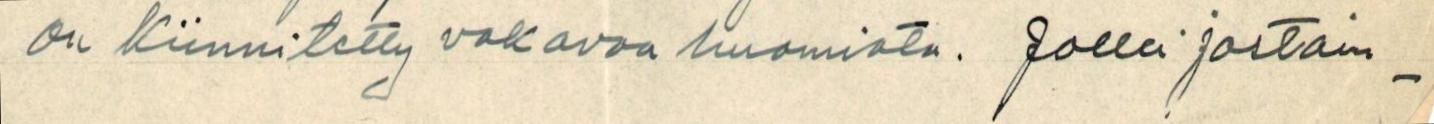
on kiinnitetty vakavaa huomiota. Jolla jostain-